Plague in India, 1896, 1897 - Volume 2
Year: 1896
Disease focus: Plague
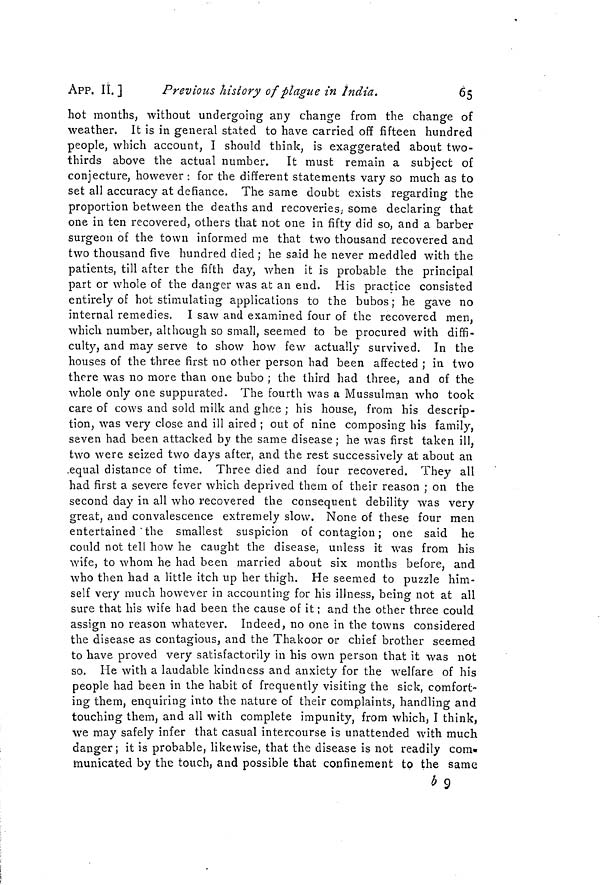
APP. II. ]
Previous history of plague in India.
65
hot months, without undergoing any change from the change of
weather. It is in general stated to have carried off fifteen hundred
people, which account, I should think, is exaggerated about two-
thirds above the actual number. It must remain a subject of
conjecture, however : for the different statements vary so much as to
set all accuracy at defiance. The same doubt exists regarding the
proportion between the deaths and recoveries; some declaring that
one in ten recovered, others that not one in fifty did so, and a barber
surgeon of the town informed me that two thousand recovered and
two thousand five hundred died; he said he never meddled with the
patients, till after the fifth day, when it is probable the principal
part or whole of the danger was at an end. His practice consisted
entirely of hot stimulating applications to the bubos ; he gave no
internal remedies, I saw and examined four of the recovered men,
which number, although so small, seemed to be procured with diffi-
culty, and may serve to show how few actually survived. In the
houses of the three first no other person had been affected ; in two
there was no more than one bubo ; the third had three, and of the
whole only one suppurated. The fourth was a Mussulman who took
care of cows and sold milk and ghee ; his house, from his descrip-
tion, was very close and ill aired ; out of nine composing his family,
seven had been attacked by the same disease ; he was first taken ill,
two were seized two days after, and the rest successively at about an
equal distance of time. Three died and four recovered. They all
had first a severe fever which deprived them of their reason ; on the
second day in all who recovered the consequent debility was very
great, and convalescence extremely slow. None of these four men
entertained "the smallest suspicion of contagion; one said he
could not tell how he caught the disease, unless it was from his
wife, to whom he had been married about six months before, and
who then had a little itch up her thigh. He seemed to puzzle him-
self very much however in accounting for his illness, being not at all
sure that his wife had been the cause of it ; and the other three could
assign no reason whatever. Indeed, no one in the towns considered
the disease as contagious, and the Thakoor or chief brother seemed
to have proved very satisfactorily in his own person that it was not
so. He with a laudable kindness and anxiety for the welfare of his
people had been in the habit of frequently visiting the sick, comfort-
ing them, enquiring into the nature of their complaints, handling and
touching them, and all with complete impunity, from which, I think,
we may safely infer that casual intercourse is unattended with much
danger; it is probable, likewise, that the disease is not readily com-
municated by the touch, and possible that confinement to the same
¿9